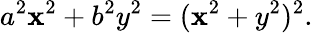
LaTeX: a^{2}\mathbf{x}^{2}+b^{2}y^{2}=(\mathbf{x}^{2}+y^{2})^{2}.